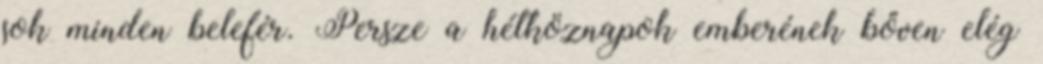
sok minden belefér. Persze a hétköznapok emberének bőven elég